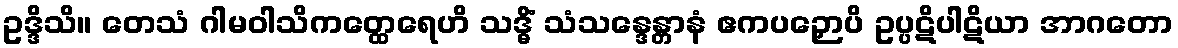
ဥဒ္ဒိသိ။ တေသံ ဂါမဝါသိကတ္ထေရေဟိ သဒ္ဓိံ သံသန္ဒေန္တာနံ ဧကပဉှောပိ ဥပ္ပဋိပါဋိယာ အာဂတော